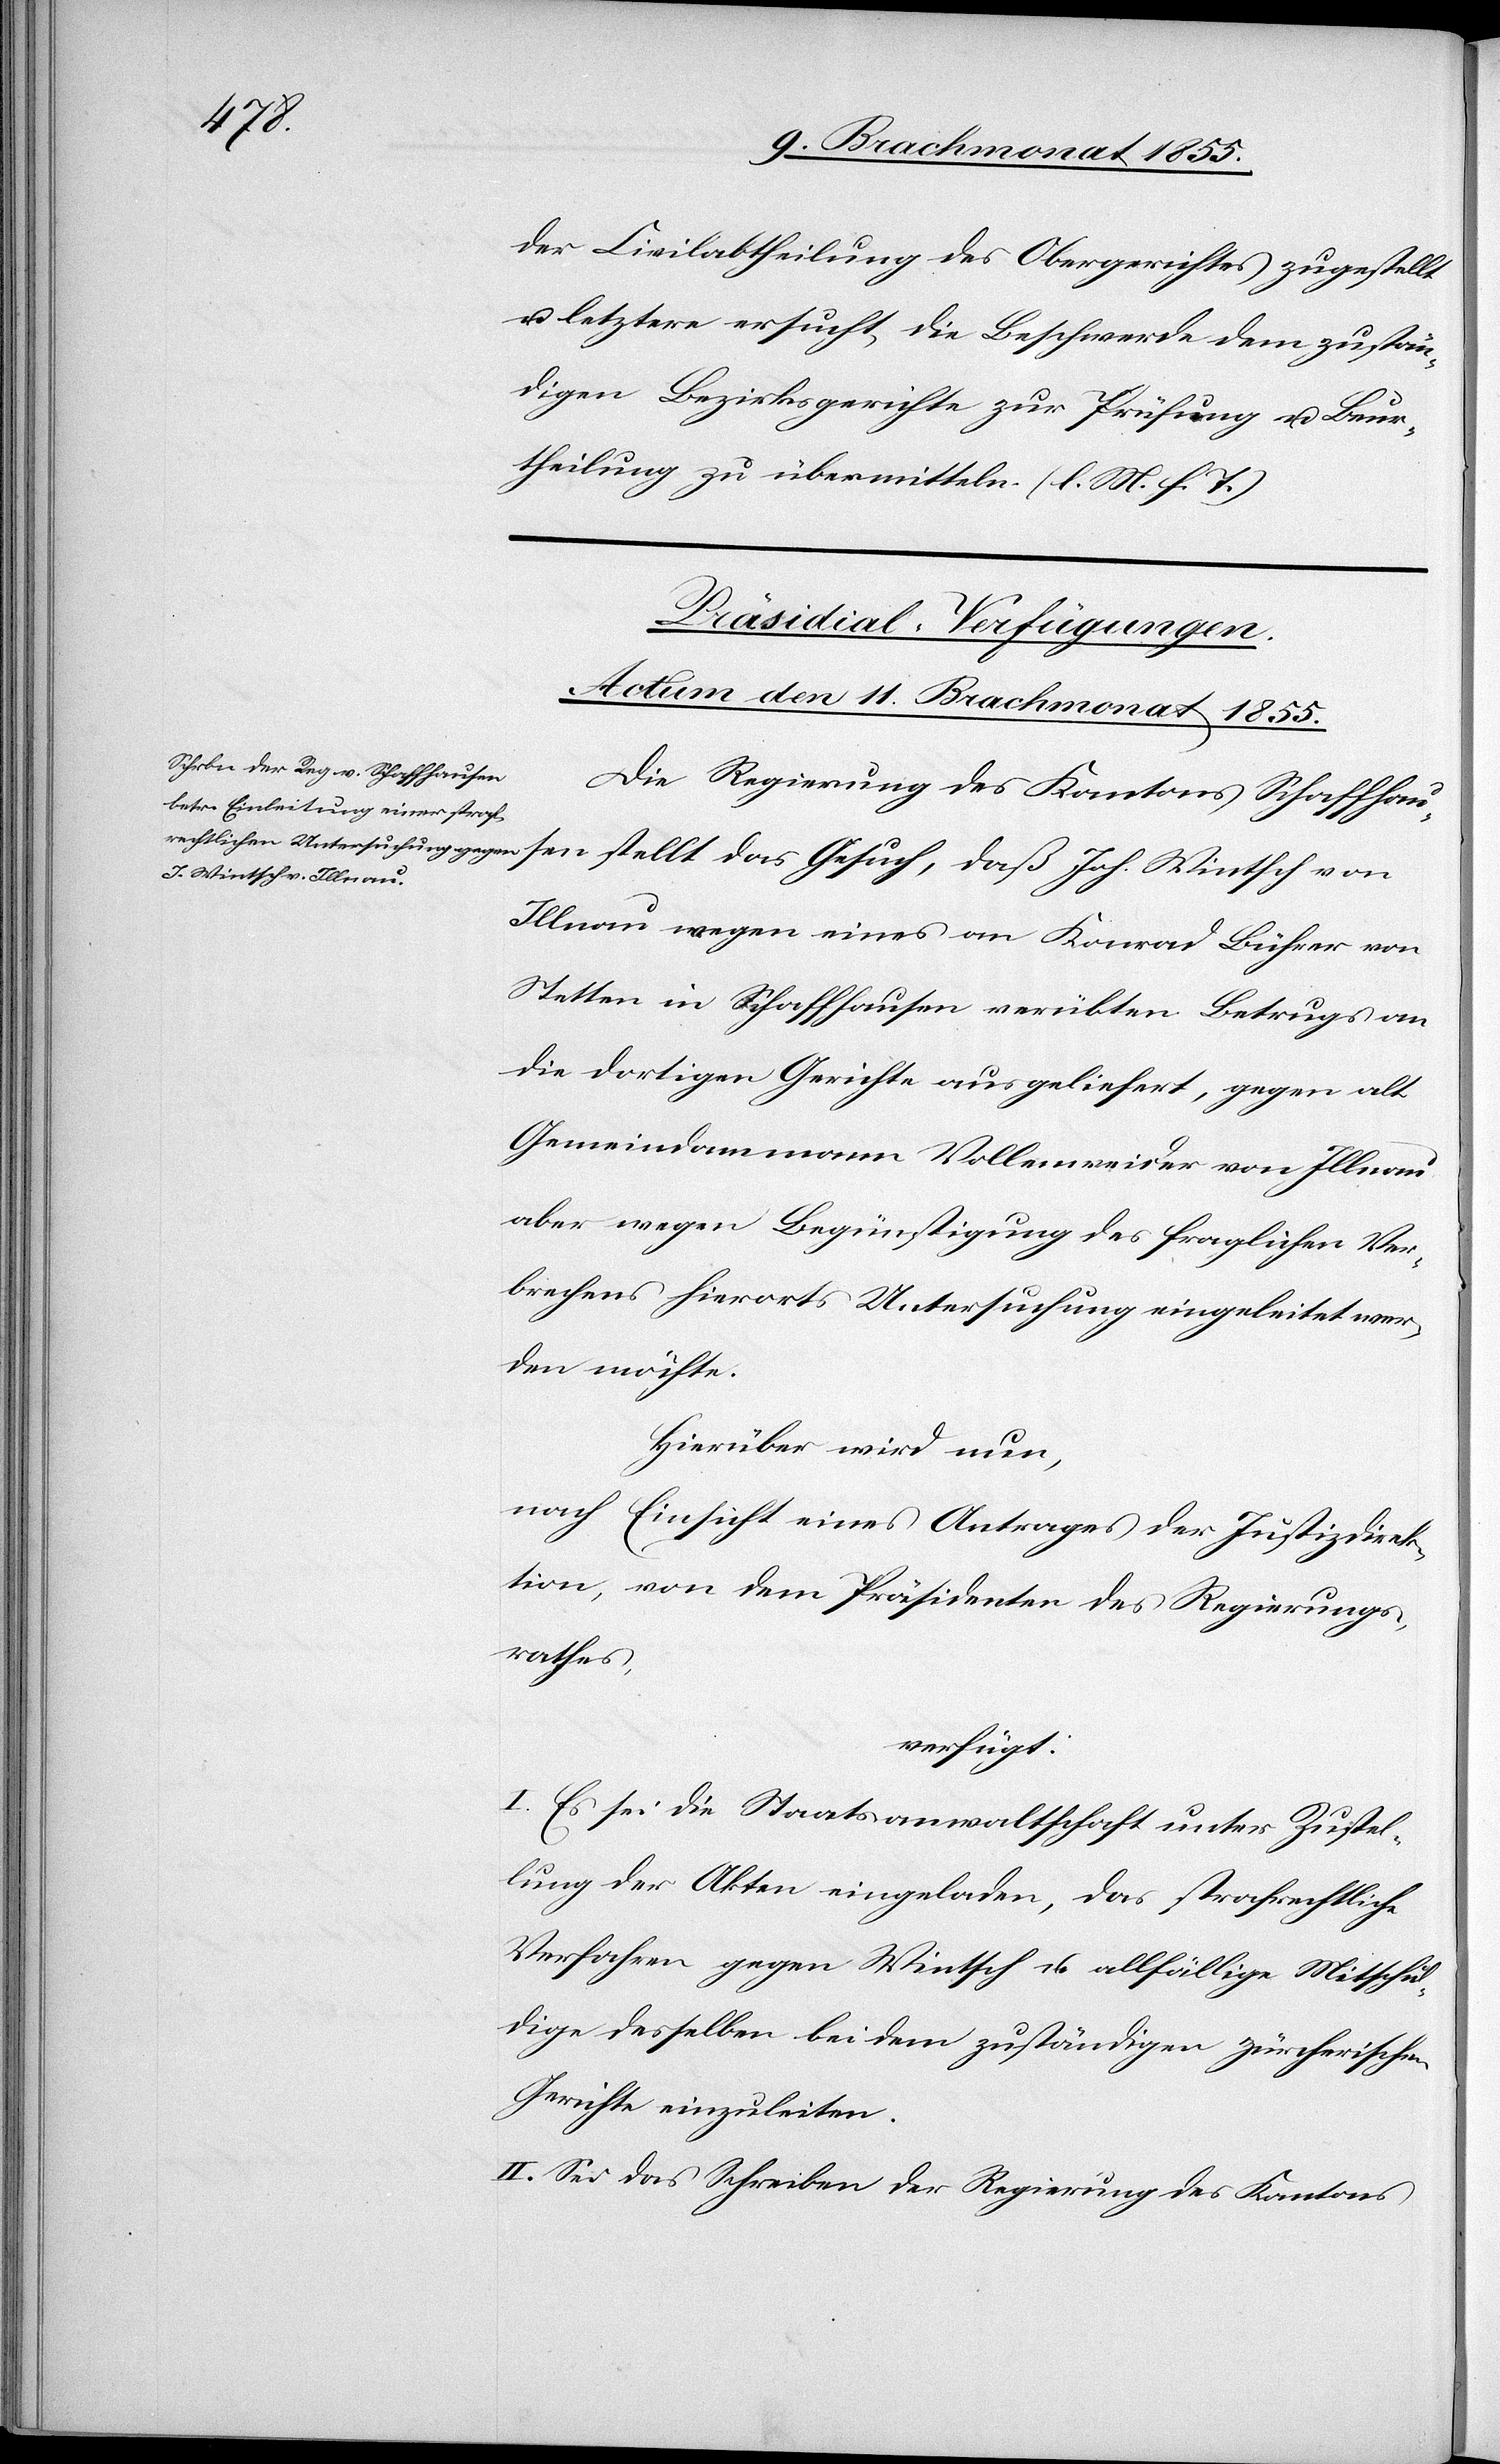
der Civilabtheilung des Obergerichtes zugestellt
u. letztere ersucht, die Beschwerde dem zustän¬
digen Bezirksgerichte zur Prüfung u. Beur¬
theilung zu übermitteln. (l. M. h. T.)
Präsidial-Verfügungen.
Actum den 11. Brachmonat 1855.
Die Regierung des Kantons Schaffhausen
Illnau wegen eines an Konrad Bührer von
Stetten in Schaffhausen verübten Betrugs an
die dortigen Gerichte ausgeliefert, gegen alt
Gemeindammann Vollenweider von Illnau
aber wegen Begünstigung des fraglichen Ver¬
brechens hierorts Untersuchung eingeleitet wer¬
den möchte.
Hierüber wird nun,
nach Einsicht eines Antrages der Justizdirek¬
tion, von dem Präsidenten des Regierungs¬
rathes,
verfügt:
I. Es sei die Staatsanwaltschaft unter Zustel¬
lung der Akten eingeladen, das strafrechtliche
Verfahren gegen Wintsch u. allfällige Mitschul¬
dige desselben bei dem zuständigen zürcherischen
Gerichte einzuleiten.
II. Sei das Schreiben der Regierung des Kantons